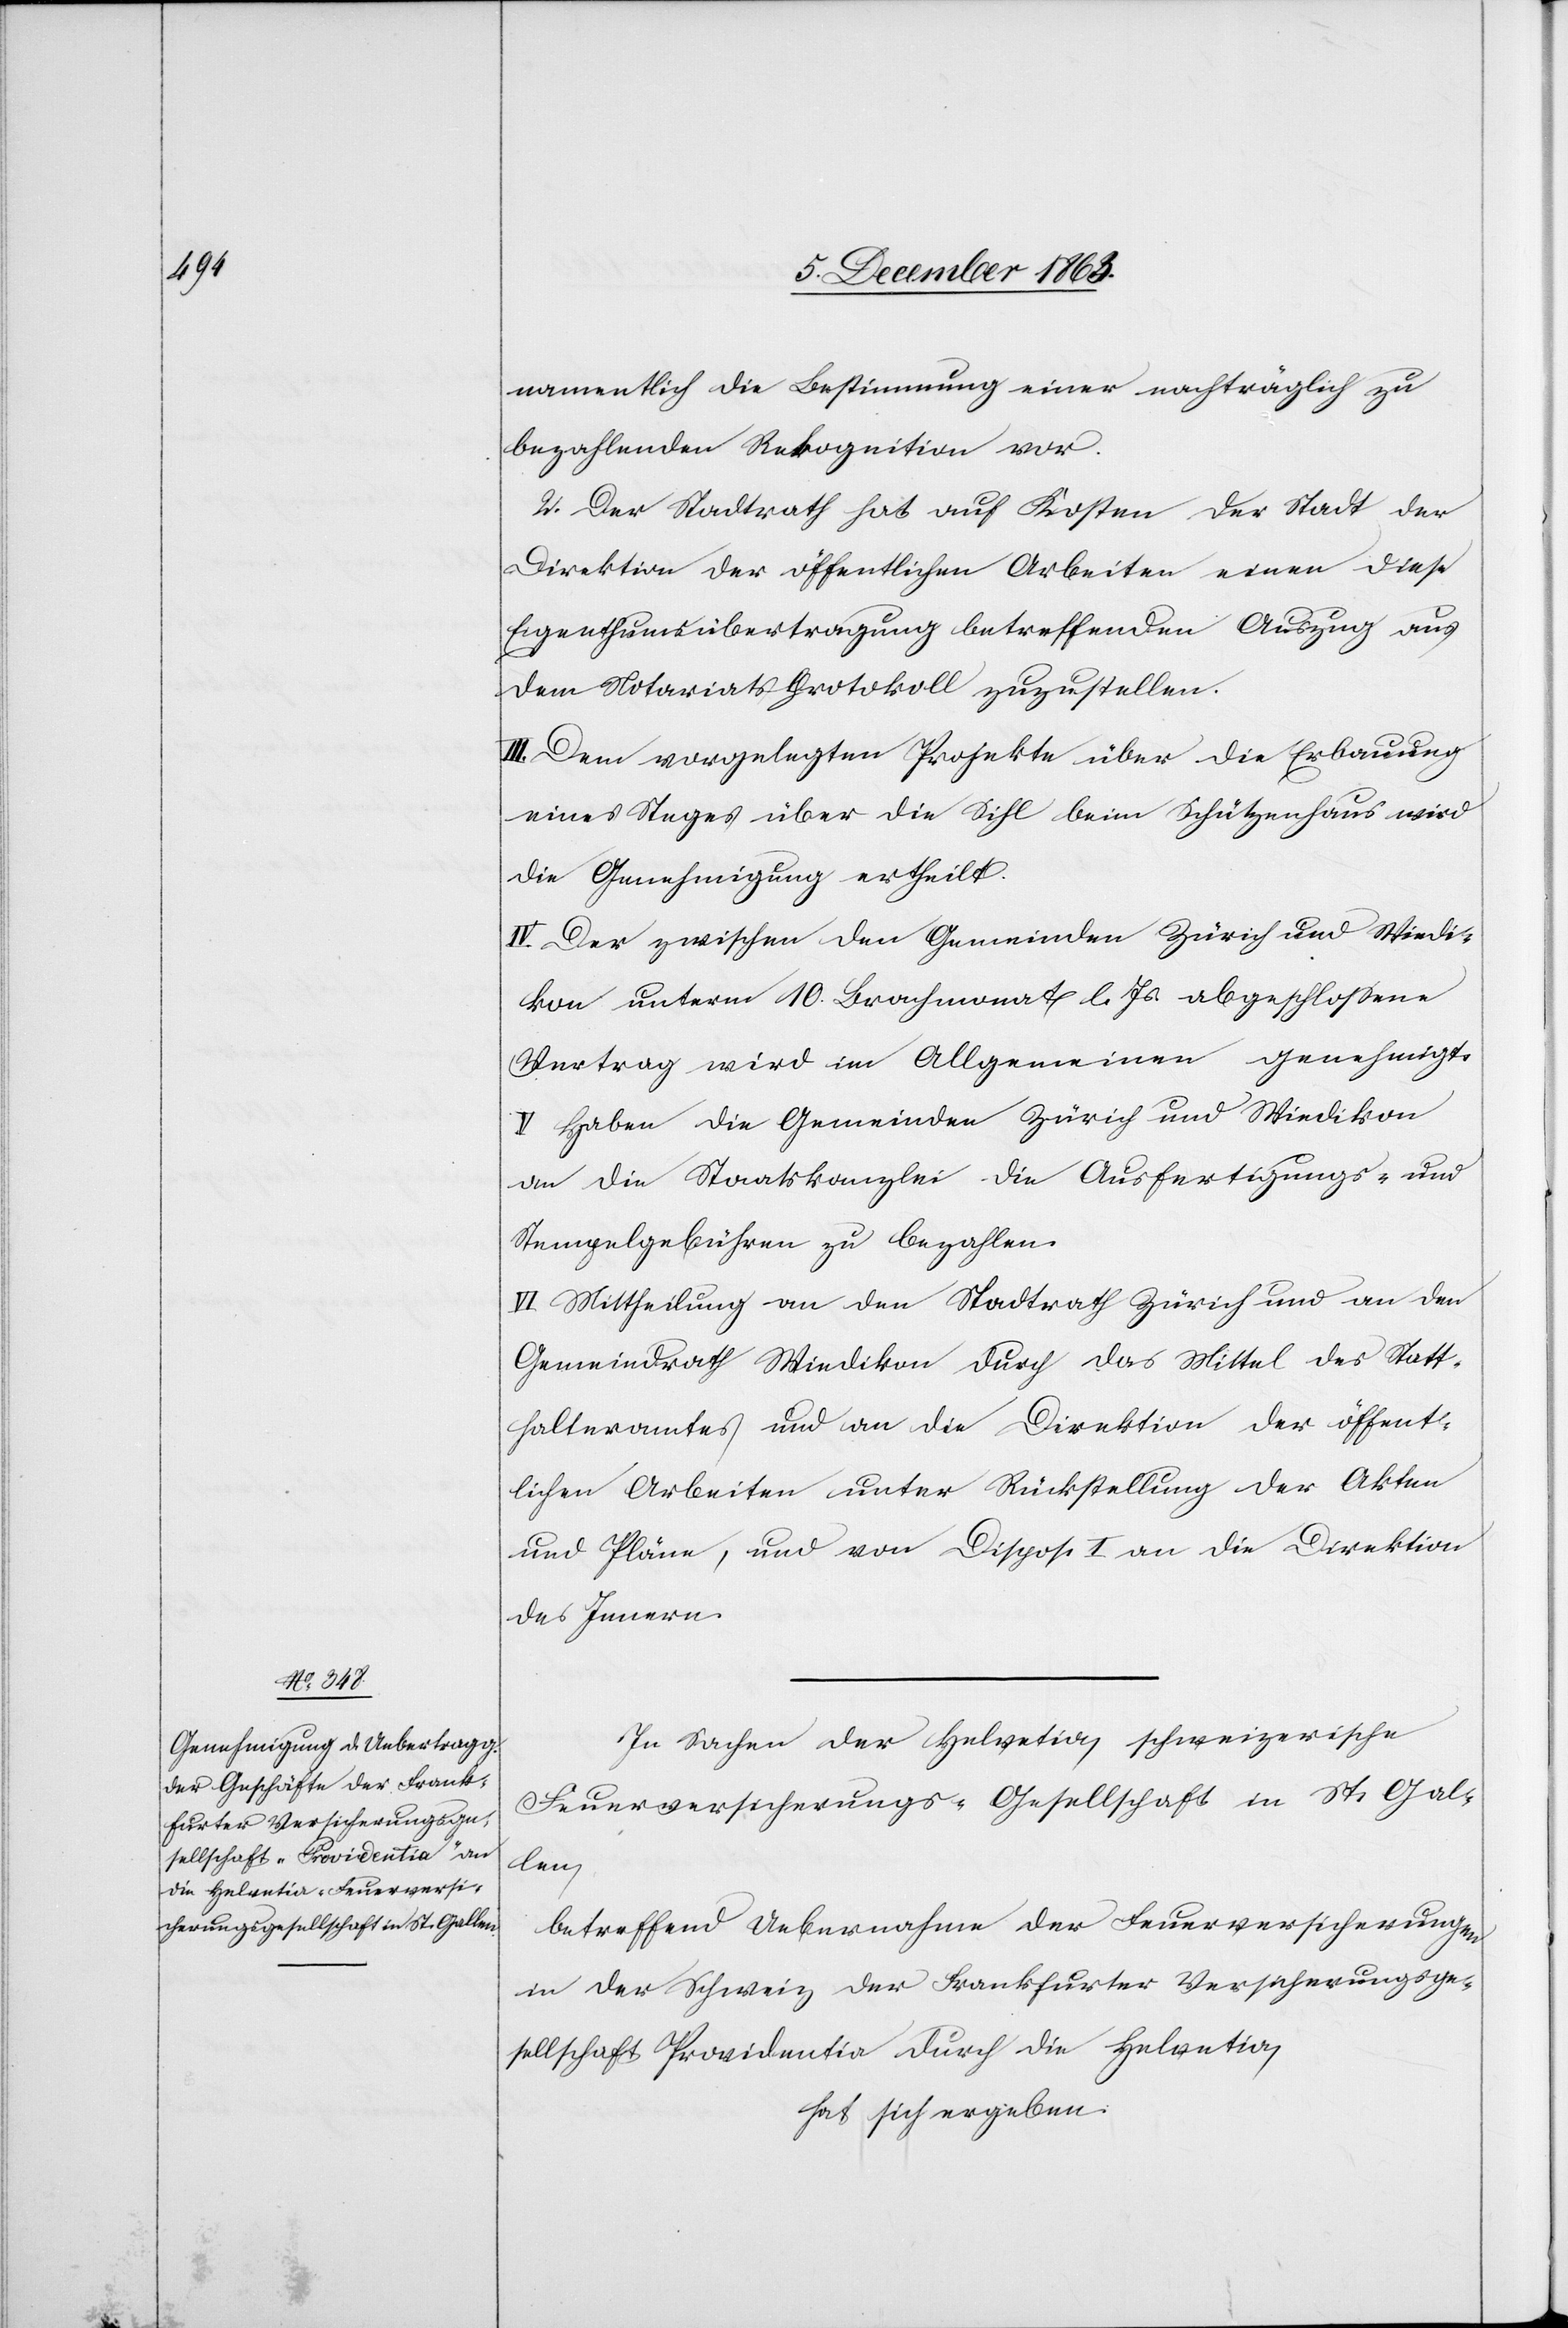
namentlich die Bestimmung einer nachträglich zu
bezahlenden Rekognition vor.
2.) Der Stadtrath hat auf Kosten der Stadt der
Direktion der öffentlichen Arbeiten einen diese
Eigenthumsübertragung betreffenden Auszug aus
dem Notariatsprotokoll zuzustellen.
III. Dem vorgelegten Projekte über die Erbauung
eines Steges über die Sihl beim Schützenhaus wird
die Genehmigung ertheilt.
IV. Der zwischen den Gemeinden Zürich und Wiedi¬
kon unterm 10. Brachmonat l. Js. abgeschlossene
Vertrag wird im Allgemeinen genehmigt.
V. Haben die Gemeinden Zürich und Wiedikon
an die Staatskanzlei die Ausfertigungs- und
Stempelgebühren zu bezahlen.
VI. Mittheilung an den Stadtrath Zürich und an den
Gemeindrath Wiedikon durch das Mittel des Statt¬
halteramtes und an die Direktion der öffent¬
lichen Arbeiten unter Rückstellung der Akten
und Pläne, und von Dispos. I an die Direktion
des Innern.
In Sachen der Helvetia, schweizerische
Feuerversicherungs-Gesellschaft in St. Gal¬
len,
betreffend Uebernahme der Feuerversicherungen
in der Schweiz der Frankfurter Versicherungsge¬
sellschaft Providentia durch die Helvetia,
hat sich ergeben: